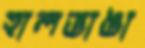
হালভাঙা